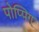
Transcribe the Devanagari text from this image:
पोप्पिग्